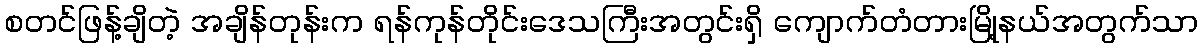
စတင်ဖြန့်ချိတဲ့ အချိန်တုန်းက ရန်ကုန်တိုင်းဒေသကြီးအတွင်းရှိ ကျောက်တံတားမြို့နယ်အတွက်သာ